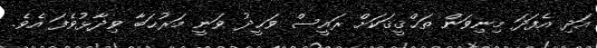
އަދި އެފަދަ މިނިވަން ތަޙްޤީޤަކަށް ރައީސް ވަޙީދު ވަނީ މަރުޙަބާ ވިދާޅުވެފަ އެވެ.